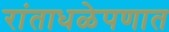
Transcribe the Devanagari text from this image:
रांताधळेपणात